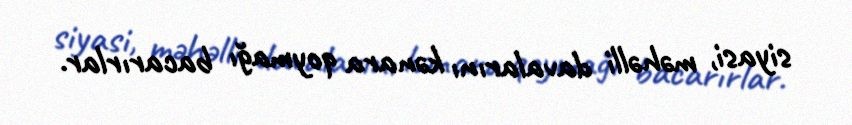
siyasi, məhəlli davalarını kənara qoymağı bacarırlar.